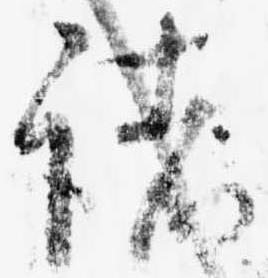
諸